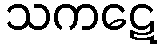
သကဋေ